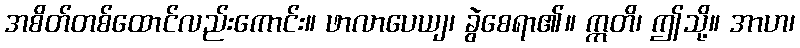
အစိတ်တစ်ထောင်လည်းကောင်း။ ဖာလာပေယျ၊ ခွဲစေရာ၏။ ဣတိ၊ ဤသို့။ အာဟ၊